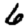
Digit: 6